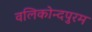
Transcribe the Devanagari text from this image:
वलिकोन्दपुरम